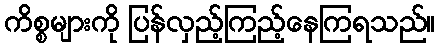
ကိစ္စများကို ပြန်လှည့်ကြည့်နေကြရသည်။